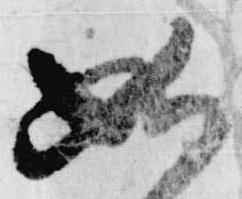
如